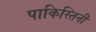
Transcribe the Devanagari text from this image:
पाकिस्तिनी